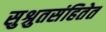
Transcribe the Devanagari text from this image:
सुश्रुतसंहितेत